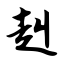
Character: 赳